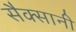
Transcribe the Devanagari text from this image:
सैक्सानी